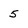
Character: 5